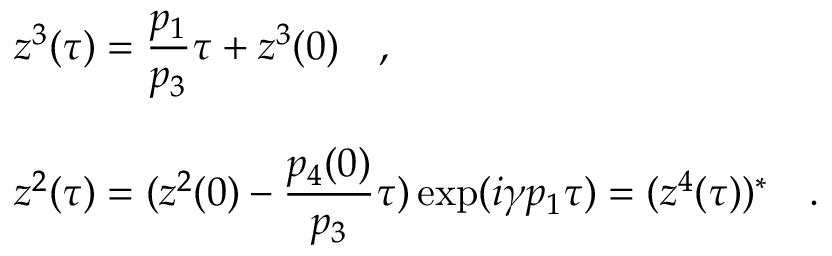
\begin{array} { l } { { z ^ { 3 } ( \tau ) = { \displaystyle \frac { p _ { 1 } } { p _ { 3 } } } \tau + z ^ { 3 } ( 0 ) \quad , } } \\ { { \, } } \\ { { z ^ { 2 } ( \tau ) = ( z ^ { 2 } ( 0 ) - { \displaystyle \frac { p _ { 4 } ( 0 ) } { p _ { 3 } } } \tau ) \exp ( i \gamma p _ { 1 } \tau ) = ( z ^ { 4 } ( \tau ) ) ^ { * } \quad . } } \end{array}